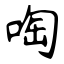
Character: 啕